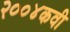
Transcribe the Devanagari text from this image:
२००४कवी